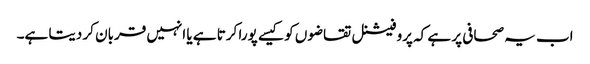
اب یہ صحافی پر ہے کہ پروفیشنل تقاضوں کو کیسے پورا کرتا ہے یا انہیں قربان کر دیتا ہے۔